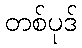
တစ်ပုဒ်